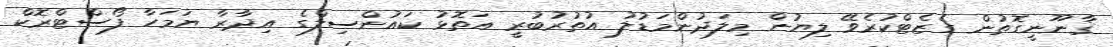
ޤާނޫނީގޮތުން ގެޒެޓްކުރެވޭ ލިޔުން މިލަދުންމަޑުލު އުތުރުބުރީ އަތޮޅު ކައުންސިލްގެ އިދާރާ ޔަމަހާ ފޯސްޓްރޮކް